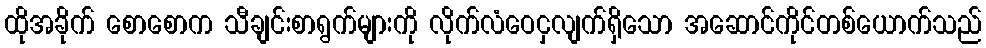
ထိုအခိုက် စောစောက သီချင်းစာရွက်များကို လိုက်လံဝေငှလျက်ရှိသော အဆောင်ကိုင်တစ်ယောက်သည်